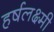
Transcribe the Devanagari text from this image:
हर्षलक्ष्मी